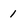
Character: 1